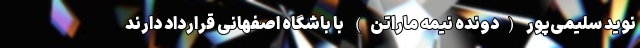
نوید سلیمی‌پور (دونده نیمه ماراتن) با باشگاه اصفهانی قرارداد دارند